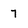
Character: 7